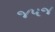
જપજ